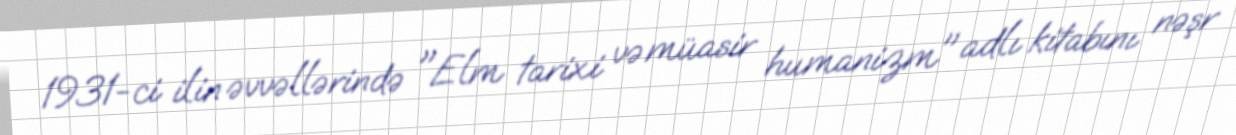
1931-ci ilin əvvəllərində "Elm tarixi və müasir humanizm" adlı kitabını nəşr